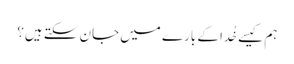
ہم کیسے خُدا کے بارے میں جان سکتے ہیں؟